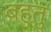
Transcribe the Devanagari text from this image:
बहुतु